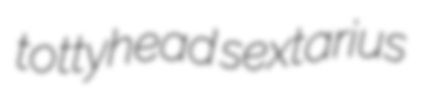
tottyhead sextarius